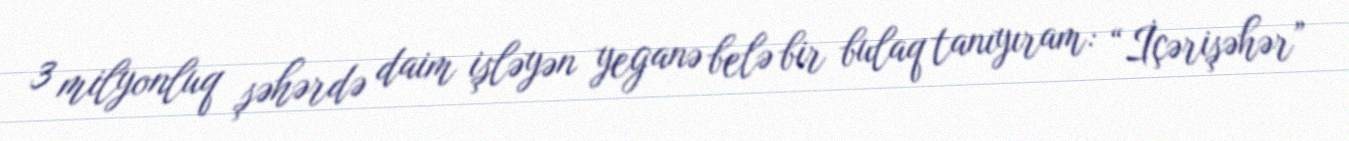
3 milyonluq şəhərdə daim işləyən yeganə belə bir bulaq tanıyıram: “İçərişəhər”